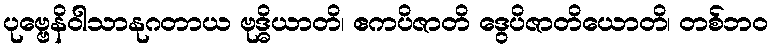
ပုဗ္ဗေနိဝါသာနုဂတာယ ဗုဒ္ဓိယာတိ၊ ဧကပိဇာတိ ဒွေပိဇာတိယောတိ၊ တစ်ဘဝ